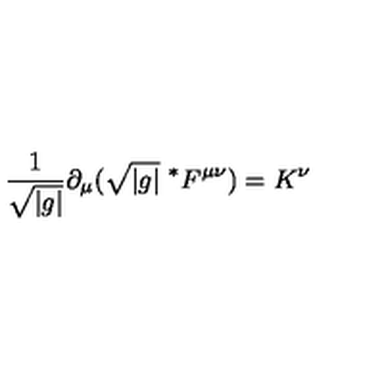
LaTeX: \frac { 1 } { \sqrt { | g | } } \partial _ { \mu } ( \sqrt { | g | } \ ^ { * } F ^ { \mu \nu } ) = K ^ { \nu }